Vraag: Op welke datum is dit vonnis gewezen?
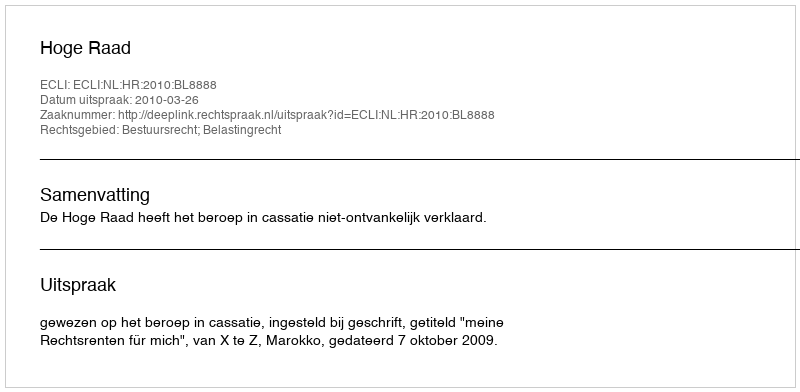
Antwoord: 2010-03-26